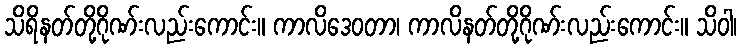
သိရိနတ်တို့ဂိုဏ်းလည်းကောင်း။ ကာလိဒေဝတာ၊ ကာလိနတ်တို့ဂိုဏ်းလည်းကောင်း။ သိဝါ၊